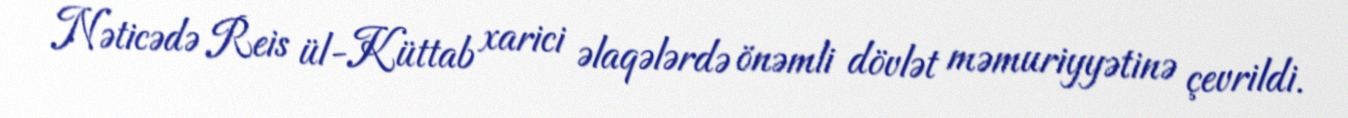
Nəticədə Reis ül-Küttab xarici əlaqələrdə önəmli dövlət məmuriyyətinə çevrildi.